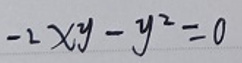
\[-2xy - y^{2}=0\]